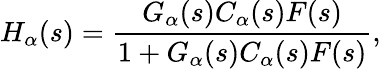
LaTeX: H_{\alpha}(s)=\frac{G_{\alpha}(s)C_{\alpha}(s)F(s)}{1+G_{\alpha}(s)C_{\alpha}(s)F(s)},